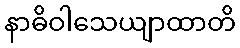
နာဓိဝါသေယျာထာတိ